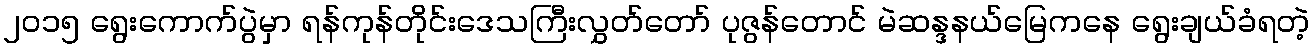
၂၀၁၅ ရွေးကောက်ပွဲမှာ ရန်ကုန်တိုင်းဒေသကြီးလွှတ်တော် ပုဇွန်တောင် မဲဆန္ဒနယ်မြေကနေ ရွေးချယ်ခံရတဲ့